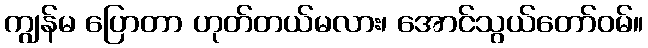
ကျွန်မ ပြောတာ ဟုတ်တယ်မလား၊ အောင်သွယ်တော်ဝမ်။